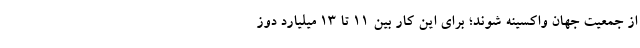
از جمعیت جهان واکسینه شوند؛ برای این کار بین ۱۱ تا ۱۳ میلیارد دوز